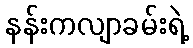
နန်းကလျာခမ်းရဲ့